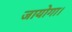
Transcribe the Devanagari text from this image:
जायोगा।